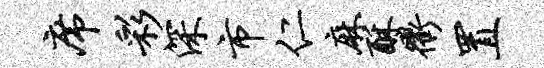
席彩深市仁麻酥衢置